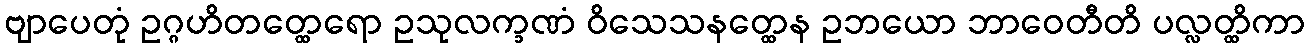
ဗျာပေတုံ ဥဂ္ဂဟိတတ္ထေရော ဥသုလက္ခဏံ ဝိသေသနတ္ထေန ဥဘယော ဘာဝေတီတိ ပလ္လတ္ထိကာ